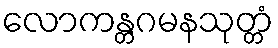
လောကန္တဂမနသုတ္တံ